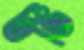
ঢঙি